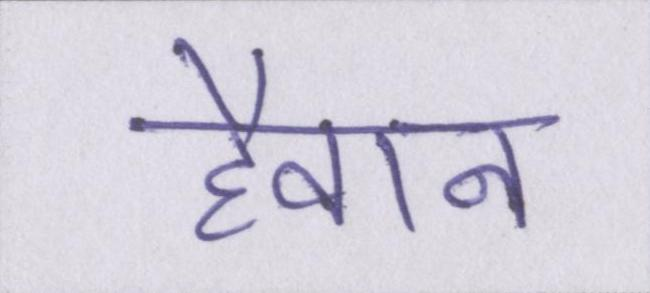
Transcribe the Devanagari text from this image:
हैवान